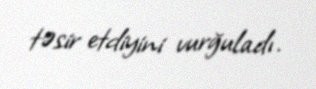
təsir etdiyini vurğuladı.